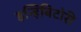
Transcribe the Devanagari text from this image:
इन्हिबिटोरी